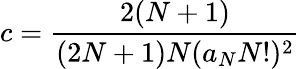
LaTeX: c=\frac{2(N+1)}{(2N+1)N(a_{N}N!)^{2}}